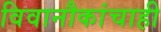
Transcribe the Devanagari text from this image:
विवानौकांचाही